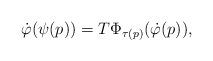
LaTeX: \begin{align*}\dot\varphi(\psi(p))=T\Phi_{\tau(p)}(\dot\varphi(p)),\end{align*}